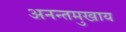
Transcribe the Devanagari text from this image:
अनन्तमुखाय